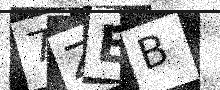
Text: 7ZEB